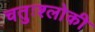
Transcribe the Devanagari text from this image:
चतुःश्लोकी